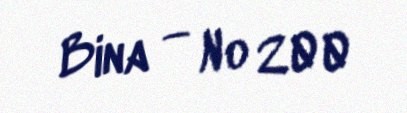
Bina — № 200